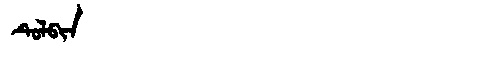
Manchu: ᡨᡠᠯᠪᡳᠨ
Romanization: TULBIN